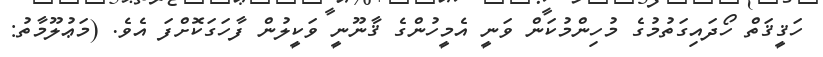
ހަޤީޤަތް ހޯދައިގަތުމުގެ މުހިންމުކަން ވަނީ އެމީހުންގެ ޤާނޫނީ ވަކީލުން ފާހަގަކޮށްފަ އެވެ. (މަޢުލޫމާތު: